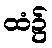
ထံ၌